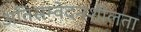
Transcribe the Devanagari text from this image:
अतिसम्वेदनशीलता